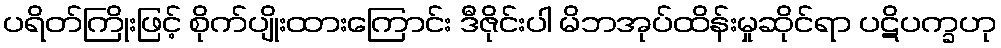
ပရိတ်ကြိုးဖြင့် စိုက်ပျိုးထားကြောင်း ဒီဇိုင်းပါ မိဘအုပ်ထိန်းမှုဆိုင်ရာ ပဋိပက္ခဟု